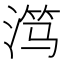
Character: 𬈏